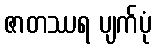
ဇာတဿရ ပျက်ပုံ